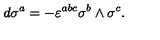
d \sigma ^ { a } = - \varepsilon ^ { a b c } \sigma ^ { b } \wedge \sigma ^ { c } .